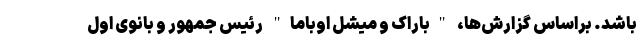
باشد. براساس گزارش‌ها، "باراک و میشل اوباما" رئیس جمهور و بانوی اول